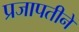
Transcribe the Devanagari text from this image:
प्रजापतीनें